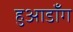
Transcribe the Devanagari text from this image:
हुआडाँग